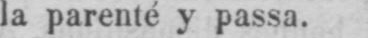
la parenté y passa.